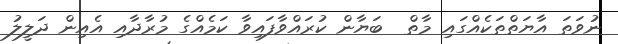
ނުވަތަ އާޔަތްތަކެއްގައި މާތް  ބަޔާން ކުރައްވާފައިވާ ކަމެއްގެ މުރާދާއި އެއިން ދަލީލު